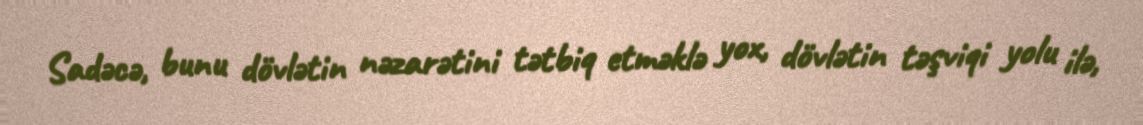
Sadəcə, bunu dövlətin nəzarətini tətbiq etməklə yox, dövlətin təşviqi yolu ilə,